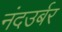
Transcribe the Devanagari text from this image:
नंदउर्बर